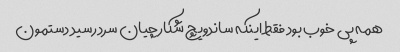
همه پی خوب بود فقط اینکه ساندویچ شکارچیان سرد رسید دستمون